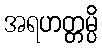
အရဟတ္တမ္ပိ